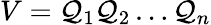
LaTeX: V=\mathcal{Q}_{1}\mathcal{Q}_{2}\dots\mathcal{Q}_{n}